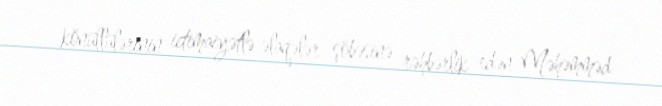
könüllülərinin ictimaiyətlə əlaqələr şöbəsinə rəhbərlik edən Məhəmməd